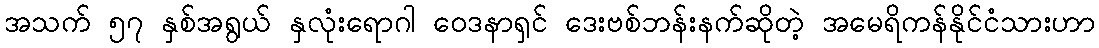
အသက် ၅၇ နှစ်အရွယ် နှလုံးရောဂါ ဝေဒနာရှင် ဒေးဗစ်ဘန်းနက်ဆိုတဲ့ အမေရိကန်နိုင်ငံသားဟာ